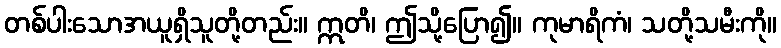
တစ်ပါးသောအယူရှိသူတို့တည်း။ ဣတိ၊ ဤသို့ပြော၍။ ကုမာရိကံ၊ သတို့သမီးကို။